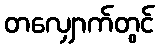
တလျှောက်တွင်